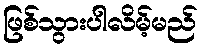
ဖြစ်သွားပါလိမ့်မည်